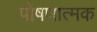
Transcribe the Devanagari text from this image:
पोषणात्मक